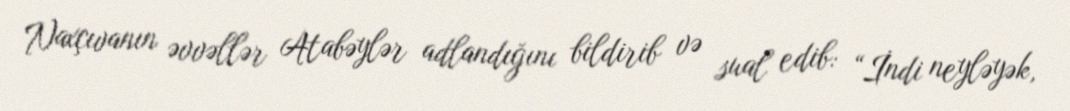
Naxçıvanın əvvəllər Atabəylər adlandığını bildirib və sual edib: “İndi neyləyək,